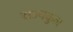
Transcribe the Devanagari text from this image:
राज्यकुल